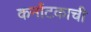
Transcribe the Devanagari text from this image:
कर्नाटकाची